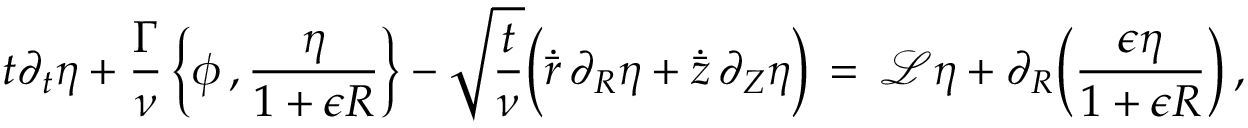
t \partial _ { t } \eta + \frac { \Gamma } { \nu } \, \Bigl \{ \phi \, , \frac { \eta } { 1 + \epsilon R } \Bigr \} - \sqrt { \frac { t } { \nu } } \Bigl ( \dot { \bar { r } } \, \partial _ { R } \eta + \dot { \bar { z } } \, \partial _ { Z } \eta \Bigr ) \, = \, \mathcal { L } \eta + \partial _ { R } \Bigl ( \frac { \epsilon \eta } { 1 + \epsilon R } \Bigr ) \, ,